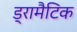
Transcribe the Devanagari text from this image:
ड्रामैटिक